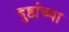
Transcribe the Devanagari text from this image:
दुष्टांच्या